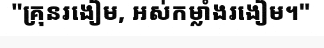
"គ្រុនរងៀម, អស់កម្លាំងរងៀម។"